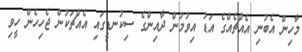
މާހިން އެބުނި އެއްޗެއްގެ އަޑު އިވުމުން ދާއިންގެ ސިކުނޑީގައި އެއްޗަކުން ޖެހިހެން ހީވި